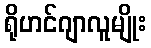
ရိုဟင်ဂျာလူမျိုး